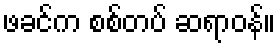
ဖခင်က စစ်တပ် ဆရာဝန်။